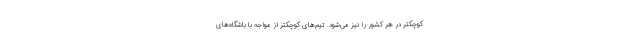
کوچکتر در هر کشور را نیز می‌شود. تیم‌های کوچکتر از مواجه با باشگاه‌های